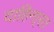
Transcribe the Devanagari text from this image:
दाहिना्रत